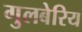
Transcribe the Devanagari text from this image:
गुलबेरिय